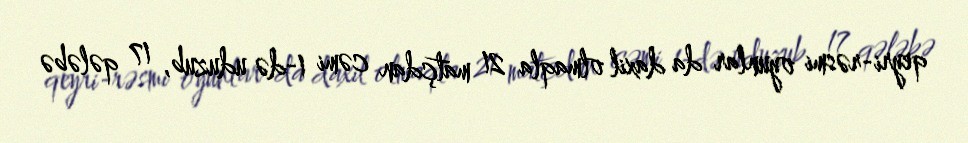
qeyri-rəsmi oyunlar da daxil olmaqla 21 matçdan cəmi 1-də uduzub, 17 qələbə